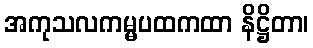
အကုသလကမ္မပထကထာ နိဋ္ဌိတာ၊